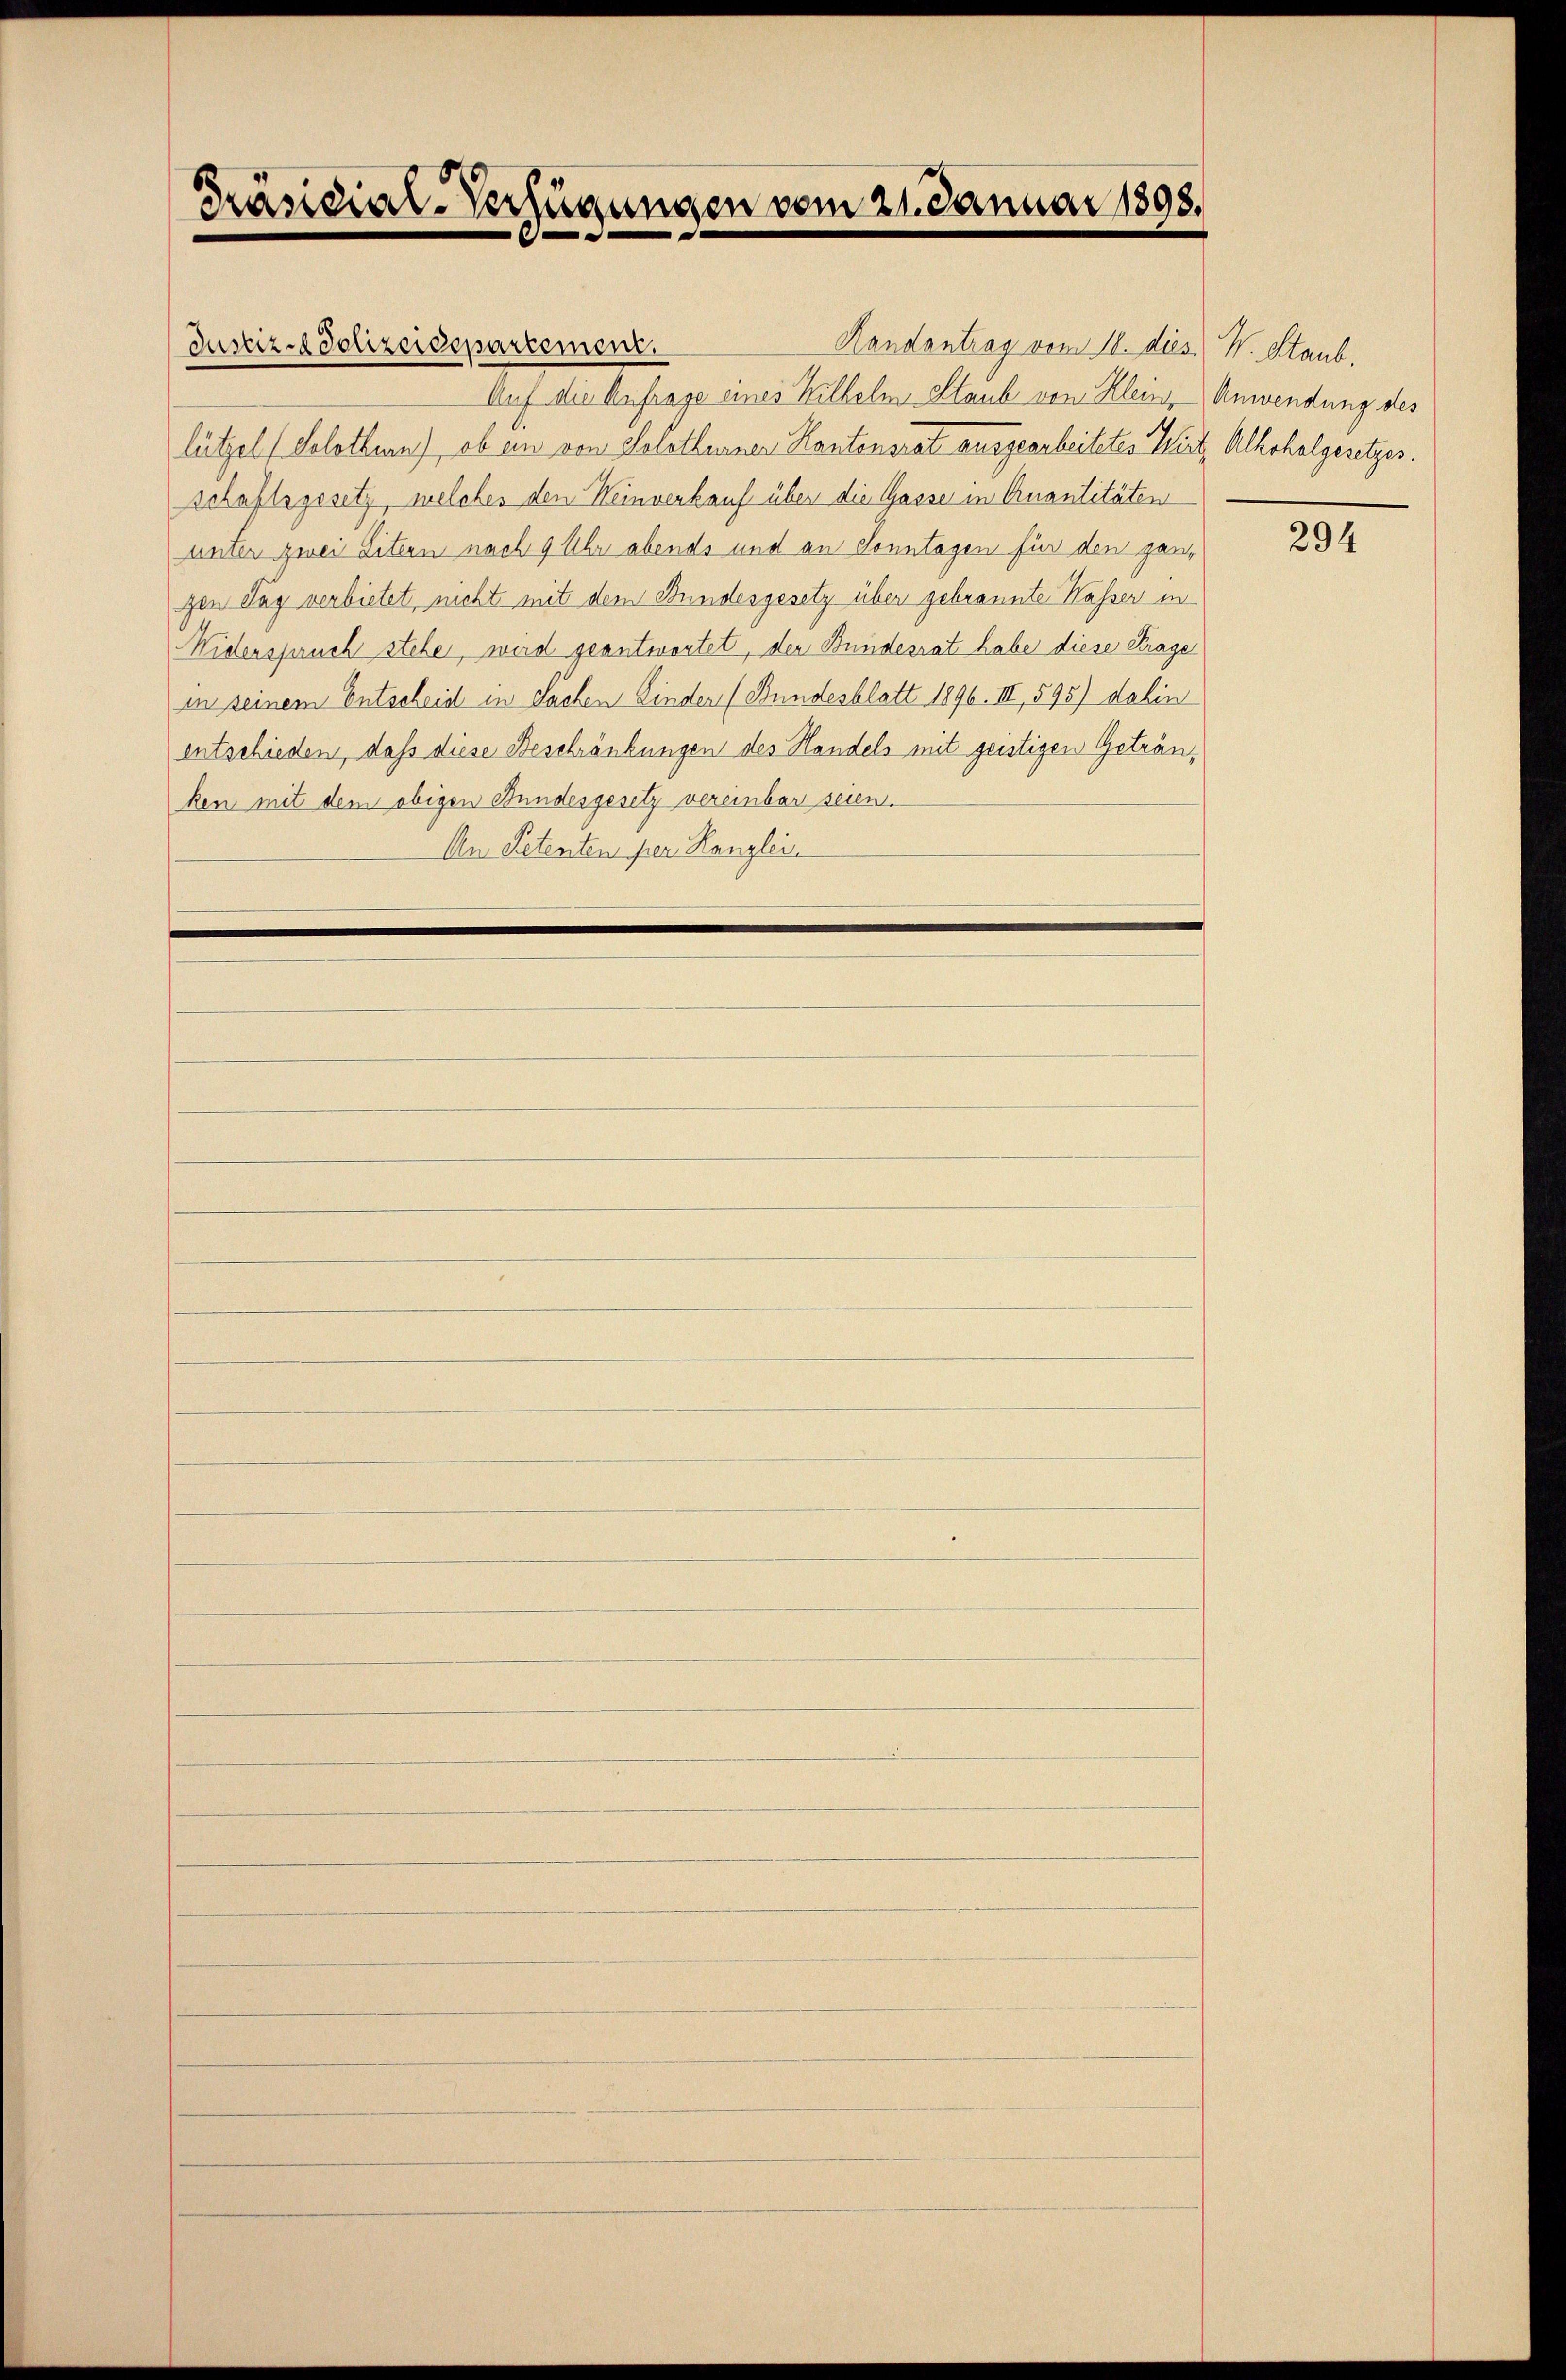
Präsidial-Verfügungen vom 21. Januar 1898.

Justiz-Polizeidepartement.
Auf die Anfrage eines Wilhelm Staub von Klein, Anwendung des
lützel (Solothurn, ob ein von Solothurner Kantonsrat ausgearbeitetes Wirt, Alkoholgesetzes.
schaftsgesetz, welches den Weinverkauf über die Gasse in Quantitäten
unter zwei Litern nach 9 Uhr abends und an Sonntagen für den ganz
gen Tag verbietet, nicht mit dem Bundesgesetz über gebrannte Kasser in
Widerspruch stehen, wird geantwortet, der Bundesrat habe diese Frage
in seinem Entscheid in Sachen Kinder (Bundesblatt 1896. III, 595) dahin
entschieden, dass diese Beschränkungen des Handels mit geistigen Getränken mit dem obigen Bundesgesetz vereinbar seien.
An Petenten per Kanzlei

Randontrag vom 18. dies. W. Staub.

294